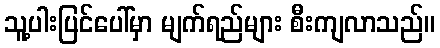
သူ့ပါးပြင်ပေါ်မှာ မျက်ရည်များ စီးကျလာသည်။